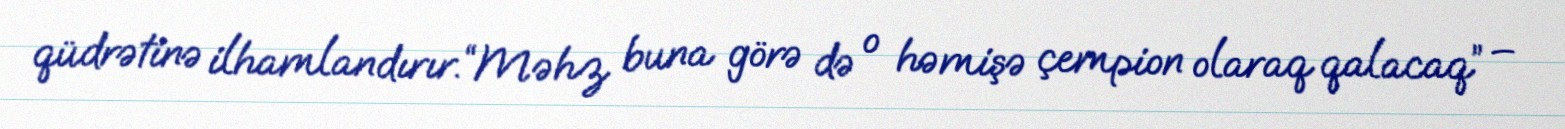
qüdrətinə ilhamlandırır.“Məhz buna görə də o həmişə çempion olaraq qalacaq” –